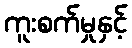
ကူးစက်မှုနှင့်